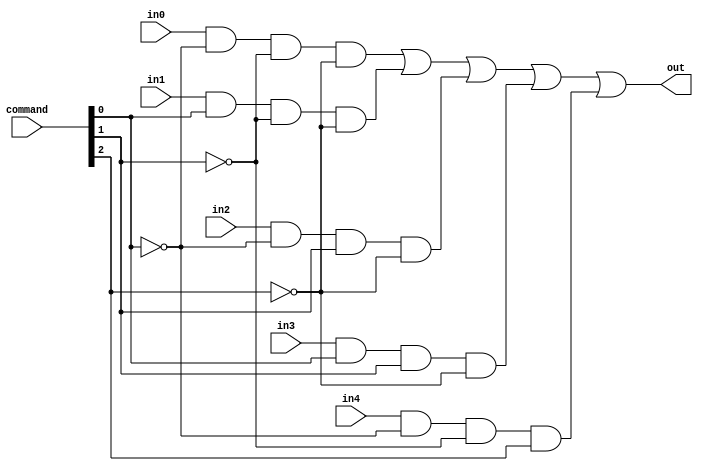
//------------------------------------------------------------------------
// Supporting Files for ALU Module
//------------------------------------------------------------------------

`define AND and
`define AND4 and
`define OR or
`define XOR xor
`define NOT not
`define NAND nand
`define NOR nor
`define OR5 or

// Mux for 5 inputs for bit slices
// AND gates set to 0 anything not called with 5 bit input
module structuralMultiplexer5
(
    output out,
    input[2:0] command,
    input in0, in1, in2, in3, in4
);
    wire[2:0] ncommand;
    wire m0,m1,m2,m3,m4;

    `NOT invA(ncommand[0], command[0]);
    `NOT invB(ncommand[1], command[1]);
    `NOT invC(ncommand[2], command[2]);

    `AND4 andgateA(m0,in0,ncommand[0],ncommand[1], ncommand[2]);
    `AND4 andgateB(m1,in1,command[0],ncommand[1], ncommand[2]);
    `AND4 andgateC(m2,in2,ncommand[0],command[1], ncommand[2]);
    `AND4 andgateD(m3,in3,command[0],command[1], ncommand[2]);
    `AND4 andgateE(m4,in4,ncommand[0],ncommand[1], command[2]);

    `OR5 orgate(out,m0,m1,m2,m3,m4);
endmodule

// Implementation of full adder for bitslices. Called by AddSubN
module structuralFullAdder
(
    output sum, carryout,
    input a, b,
    input carryin
);
    wire axorb, ab, caxorb;

    xor AXORB(axorb, a, b);
    `AND AANDB(ab, a, b);
    xor SUM(sum, carryin, axorb);
    `AND CAXORB(caxorb, carryin, axorb);
    `OR  CARRYOUT(carryout, caxorb, ab);
endmodule

//Add/Sub for bitslices.
module AddSubN
(
    output sum,  // 2's complement sum of a and b
    output carryout,  // Carry out of the summation of a and b
    output overflow,  // True if the calculation resulted in an overflow
    input a,     // First operand in 2's complement format
    input b,      // Second operand in 2's complement format
    input carryin,
    input subtract
);
    wire atest, btest;
    wire bsub;
    // allows for subtraction
    `XOR subtest(bsub, b, subtract);

    structuralFullAdder adder (sum, carryout, a, bsub, carryin);
endmodule


// SLT for bitslices. Uses AddSubN as a subtractor to determine relative magnitude of a and b
module SLTmod #( parameter n = 31 )
(
    output[n:0] slt,
    output carryout,
    output overflow,
    input[n:0] a, b
);
    wire[n:0] sub;
    wire carryout0, over;
    wire subtract;

    wire[32:0] carryin0;

    assign subtract = 1'b1;
    assign carryin0[0] = subtract;

   	genvar i;
   	generate for (i = 0; i < 32; i = i + 1) begin
   			AddSubN adder(.sum(sub[i]), .carryout(carryin0[i+1]), .a(a[i]), .b(b[i]), .carryin(carryin0[i]), .subtract(subtract));
     end
   	endgenerate

    //calculate overflow for adder; overflow if final carryout is not equal to carryin of most significant bit
    //used only to calculate SLT, not actual overflow output
  	`XOR OVERFLOW(over, carryin0[32], carryin0[31]);
    // a larger than b if final bit of subraction if overflow != msb of subtraction
    // in case where both are 0, both inputs were equal so SLT = 0 anyway
    `XOR SLTXOR(slt[0], sub[n], over);

    assign slt[31:1] = 0;
    assign carryout = 0;
    assign overflow = 0;
endmodule


// XOR for bitslices. Carryout and overflow do not apply
module XORmod
(
    output out,
    output carryout,
    output overflow,
    input a, b
);
    `XOR xorgate(out, a, b);
    assign carryout = 0;
    assign overflow = 0;
endmodule


// NAND for bislices.
module NANDmod
(
    output out,
    output carryout,
    output overflow,
    input a, b,
    input invert    // if invert = 1 functions as an AND module
);
    wire interim_out;
    `NAND nandgate(interim_out, a, b);
    `XOR xorgate(out, interim_out, invert);     // Will invert NAND output if meant to function as AND module
    assign carryout = 0;
    assign overflow = 0;
endmodule


// NOR for bitslices.
module NORmod
(
    output out,
    output carryout,
    output overflow,
    input a, b,
    input invert    // if invert = 1 functions as an OR module
);
    wire interim_out;
    `NOR norgate(interim_out, a, b);
    `XOR xorgate(out, interim_out, invert); // Will invert NAND output if meant to function as OR module
    assign carryout = 0;
    assign overflow = 0;
endmodule